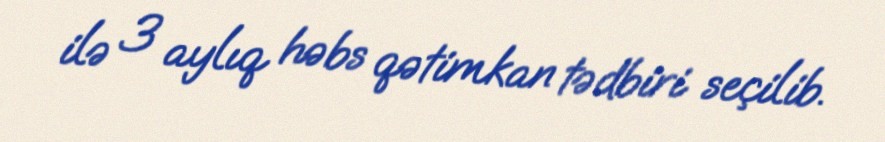
ilə 3 aylıq həbs qətimkan tədbiri seçilib.